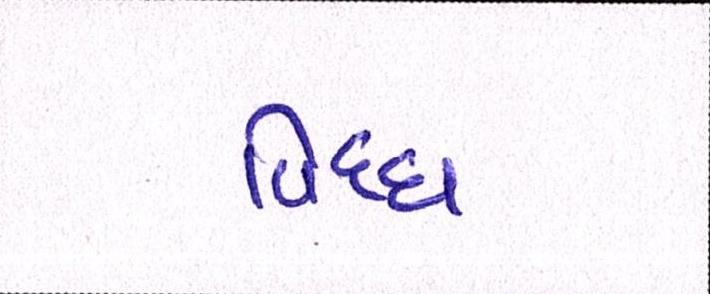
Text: વિઘ્ધ